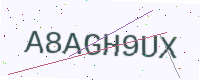
Text: A8AGH9UX